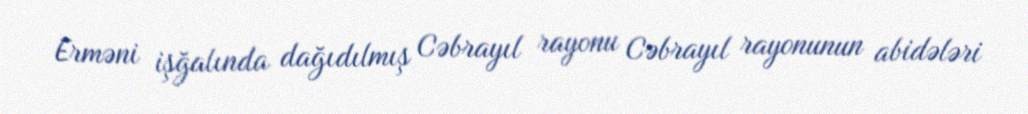
Erməni işğalında dağıdılmış Cəbrayıl rayonu Cəbrayıl rayonunun abidələri